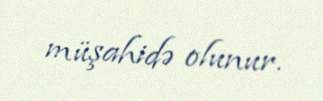
müşahidə olunur.